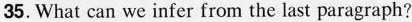
35.What can we infer from the last paragraph?